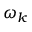
\omega _ { k }